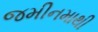
જમીનમાથી